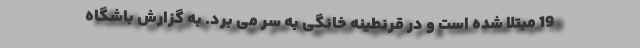
19 مبتلا شده است و در قرنطینه خانگی به سر می برد. به گزارش باشگاه